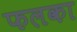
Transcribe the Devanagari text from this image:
फलका